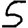
Digit: 5